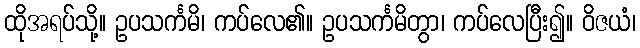
ထိုအရပ်သို့။ ဥပသင်္ကမိ၊ ကပ်လေ၏။ ဥပသင်္ကမိတွာ၊ ကပ်လေပြီး၍။ ဝိဇယံ၊